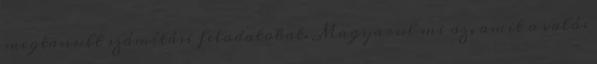
megtanult számítási feladatokat. Magyarul mi az, amit a valós